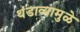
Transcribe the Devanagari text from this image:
थंडाव्यामुळे